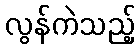
လွန်ကဲသည့်